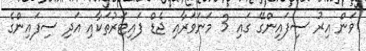
ވަން އިރު ސިފައިންގޭ ގައި 3 މަނަވަރާއި ޖެޑް ފައިޓަރުތަކާއި އަދި ސިފައިންގެ